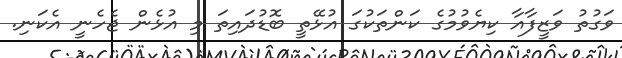
ވަގުތު ވަޒީފާއާ ކިޔެވުމުގެ ކަންތަކުގަ އުޅޭތީ ބޮޑުދައިތަ މި އުޅެން ޖެހެނީ އެކަނި.